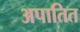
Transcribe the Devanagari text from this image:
अपातित